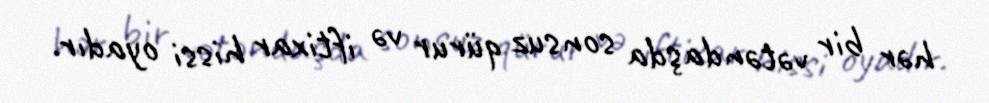
hər bir vətəndaşda sonsuz qürur və iftixar hissi oyadır.